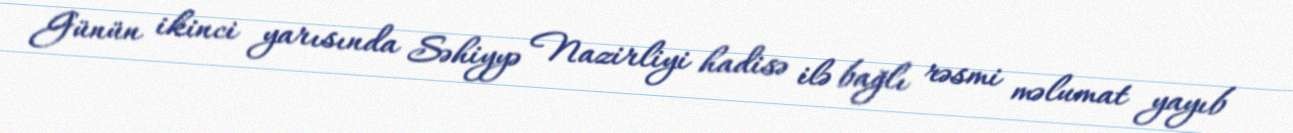
Günün ikinci yarısında Səhiyyə Nazirliyi hadisə ilə bağlı rəsmi məlumat yayıb